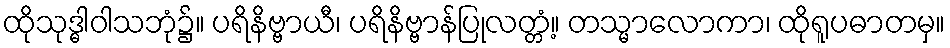
ထိုသုဒ္ဓါဝါသဘုံ၌။ ပရိနိဗ္ဗာယီ၊ ပရိနိဗ္ဗာန်ပြုလတ္တံ့။ တသ္မာလောကာ၊ ထိုရူပဓာတမှ။